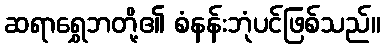
ဆရာရွှေဘတို့၏ စံနန်းဘုံပင်ဖြစ်သည်။